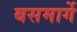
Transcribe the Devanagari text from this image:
बसमार्गे